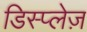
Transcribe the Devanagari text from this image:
डिस्प्लेज़